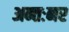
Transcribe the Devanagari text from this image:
अन्तःनर